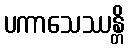
ပကာသေဿန္တိ